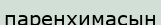
паренхимасын